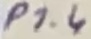
Text: P1.4